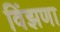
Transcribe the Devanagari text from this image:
विंझणा